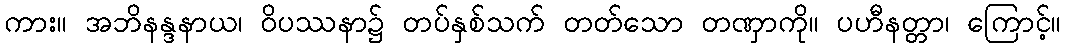
ကား။ အဘိနန္ဒနာယ၊ ဝိပဿနာ၌ တပ်နှစ်သက် တတ်သော တဏှာကို။ ပဟီနတ္တာ၊ ကြောင့်။